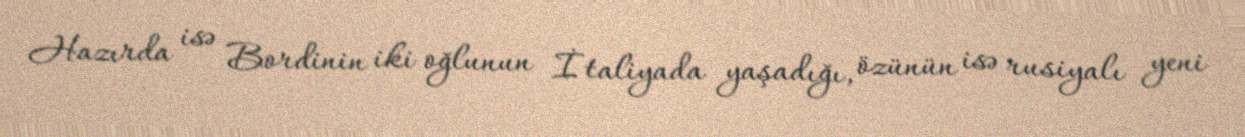
Hazırda isə Bordinin iki oğlunun İtaliyada yaşadığı, özünün isə rusiyalı yeni